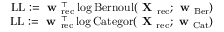
\begin{array} { r } { \mathrm { L L } : = \textbf { w } _ { \mathrm { r e c } } ^ { \top } \log \mathrm { B e r n o u l } ( \textbf { X } _ { \mathrm { r e c } } ; \textbf { w } _ { \mathrm { B e r } } ) } \\ { \mathrm { L L } : = \textbf { w } _ { \mathrm { r e c } } ^ { \top } \log \mathrm { C a t e g o r } ( \textbf { X } _ { \mathrm { r e c } } ; \textbf { w } _ { \mathrm { C a t } } ) } \end{array}